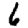
Digit: 6